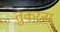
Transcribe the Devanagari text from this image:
तुकरना